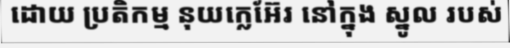
ដោយ ប្រតិកម្ម នុយក្លេអ៊ែរ នៅក្នុង ស្នូល របស់